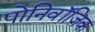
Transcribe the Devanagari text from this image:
पोनिवॉज़िक